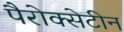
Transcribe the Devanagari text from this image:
पैरोक्सेटीन